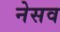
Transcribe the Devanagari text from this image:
नेसव